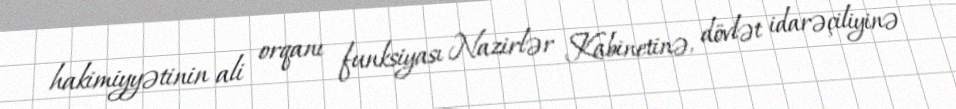
hakimiyyətinin ali orqanı funksiyası Nazirlər Kabinetinə, dövlət idarəçiliyinə